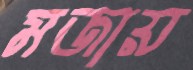
মজায়